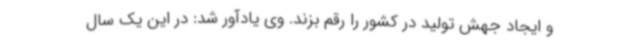
و ایجاد جهش تولید در کشور را رقم بزند. وی یادآور شد: در این یک سال